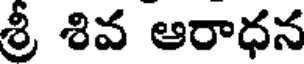
శ్రీ శివ ఆరాధన